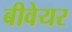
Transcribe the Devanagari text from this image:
बीवेयर